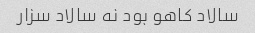
سالاد کاهو‌ بود نه سالاد سزار